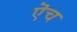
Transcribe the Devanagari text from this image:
ऎच